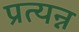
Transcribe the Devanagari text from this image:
प्रत्यन्न